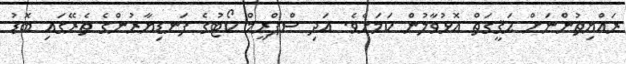
ރައްޔިތުންނަށް ޙަޤީގަތް އޮޅުވާލުން ކަމަށެވެ. އަދި ސްޕްރީމް ކޯޓުގެ ފަނޑިޔާރުންގެ ތެރޭގައި ބޮޑު